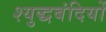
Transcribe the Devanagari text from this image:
श्युद्धबंदियों